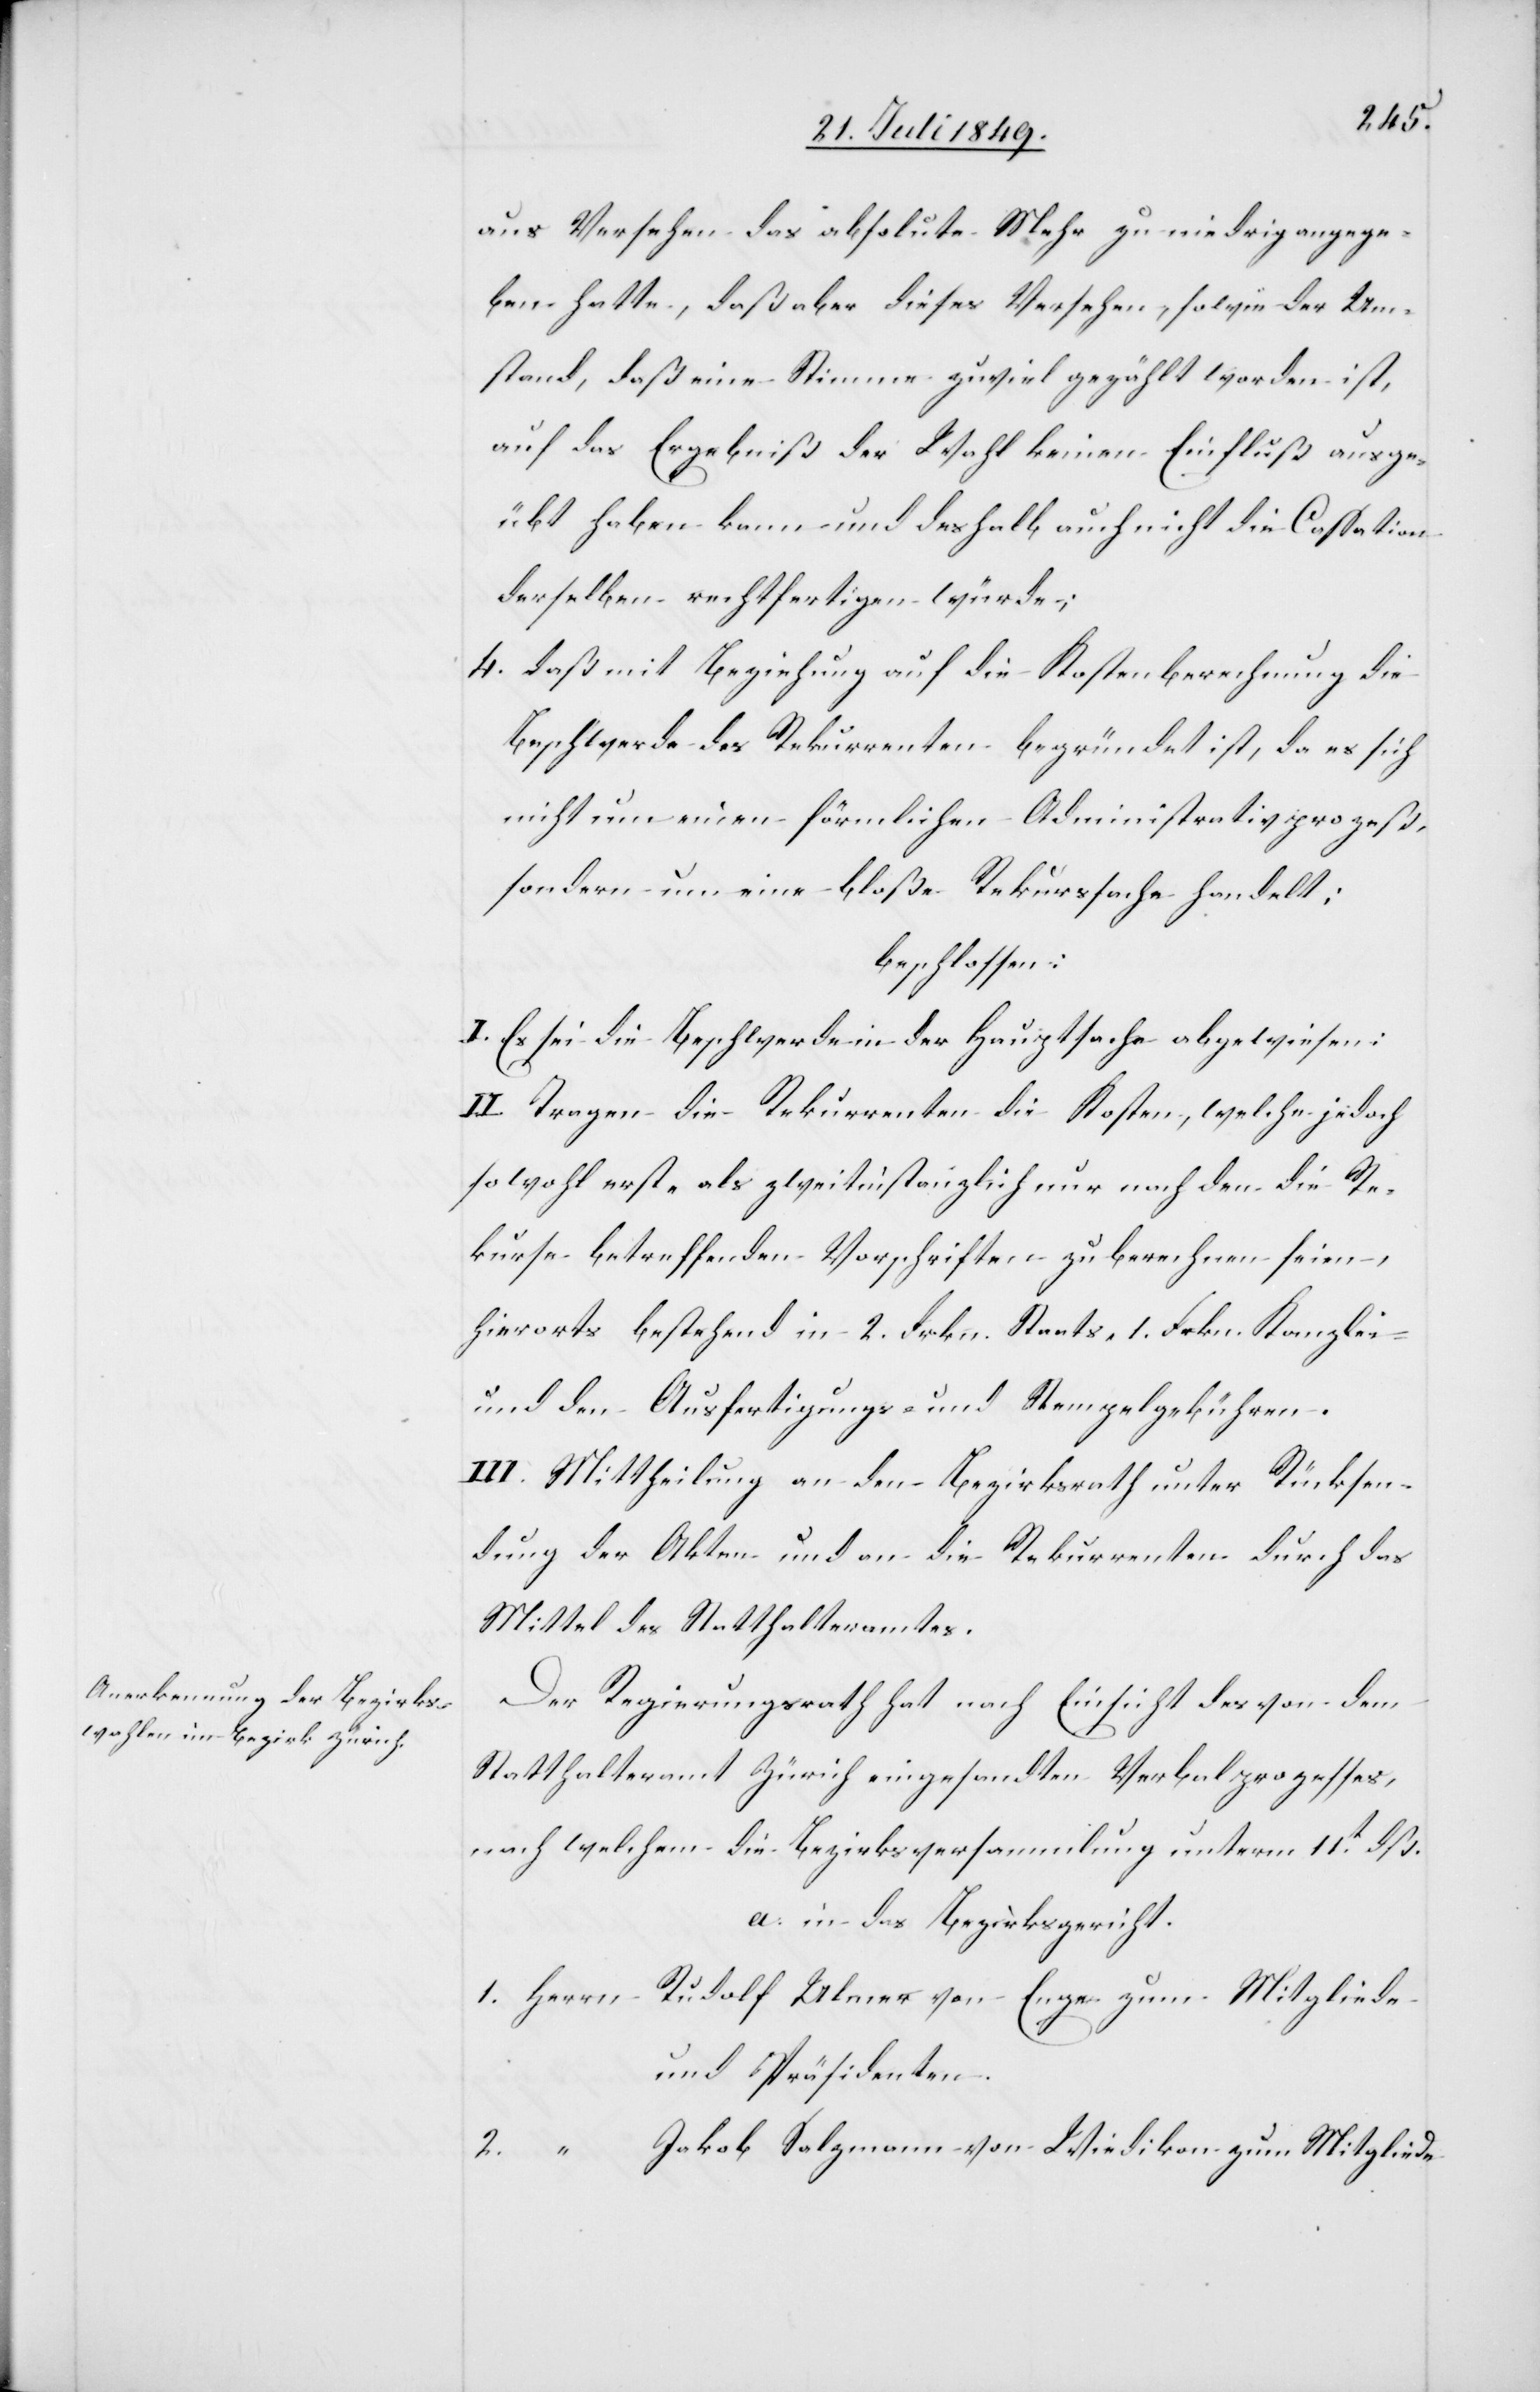
aus Versehen das absolute Mehr zu niedrig angege¬
ben hatte, daß aber dieses Verfahren, sowie der Um¬
stand, daß eine Stimme zuviel gezählt worden ist,
auf das Ergebniß der Wahl keinen Einfluß ausge¬
übt haben kann und deshalb auch nicht die Cassation
derselben rechtfertigen würde;
4. daß mit Beziehung auf die Kostenberechnung die
Beschwerde des Rekurrenten begründet ist, da es sich
nicht um einen förmlichen Administrativprozeß,
sondern um eine bloße Rekurssache handelt;
beschlossen:
I. Es sei die Beschwerde in der Hauptsache abgewiesen:
II. Tragen die Rekurrenten die Kosten, welche jedoch
sowohl erst- als zweitinstanzlich nur nach den die Re¬
kurse betreffenden Vorschriften zu berechnen seien,
hierorts bestehend in 2. Frkn. Staats- 1. Frkn. Kanzlei-
und den Ausfertigungs- und Stempelgebühren.
III. Mittheilung an den Bezirksrath unter Rücksen¬
dung der Akten und an die Rekurrenten durch das
Mittel des Statthalteramtes.